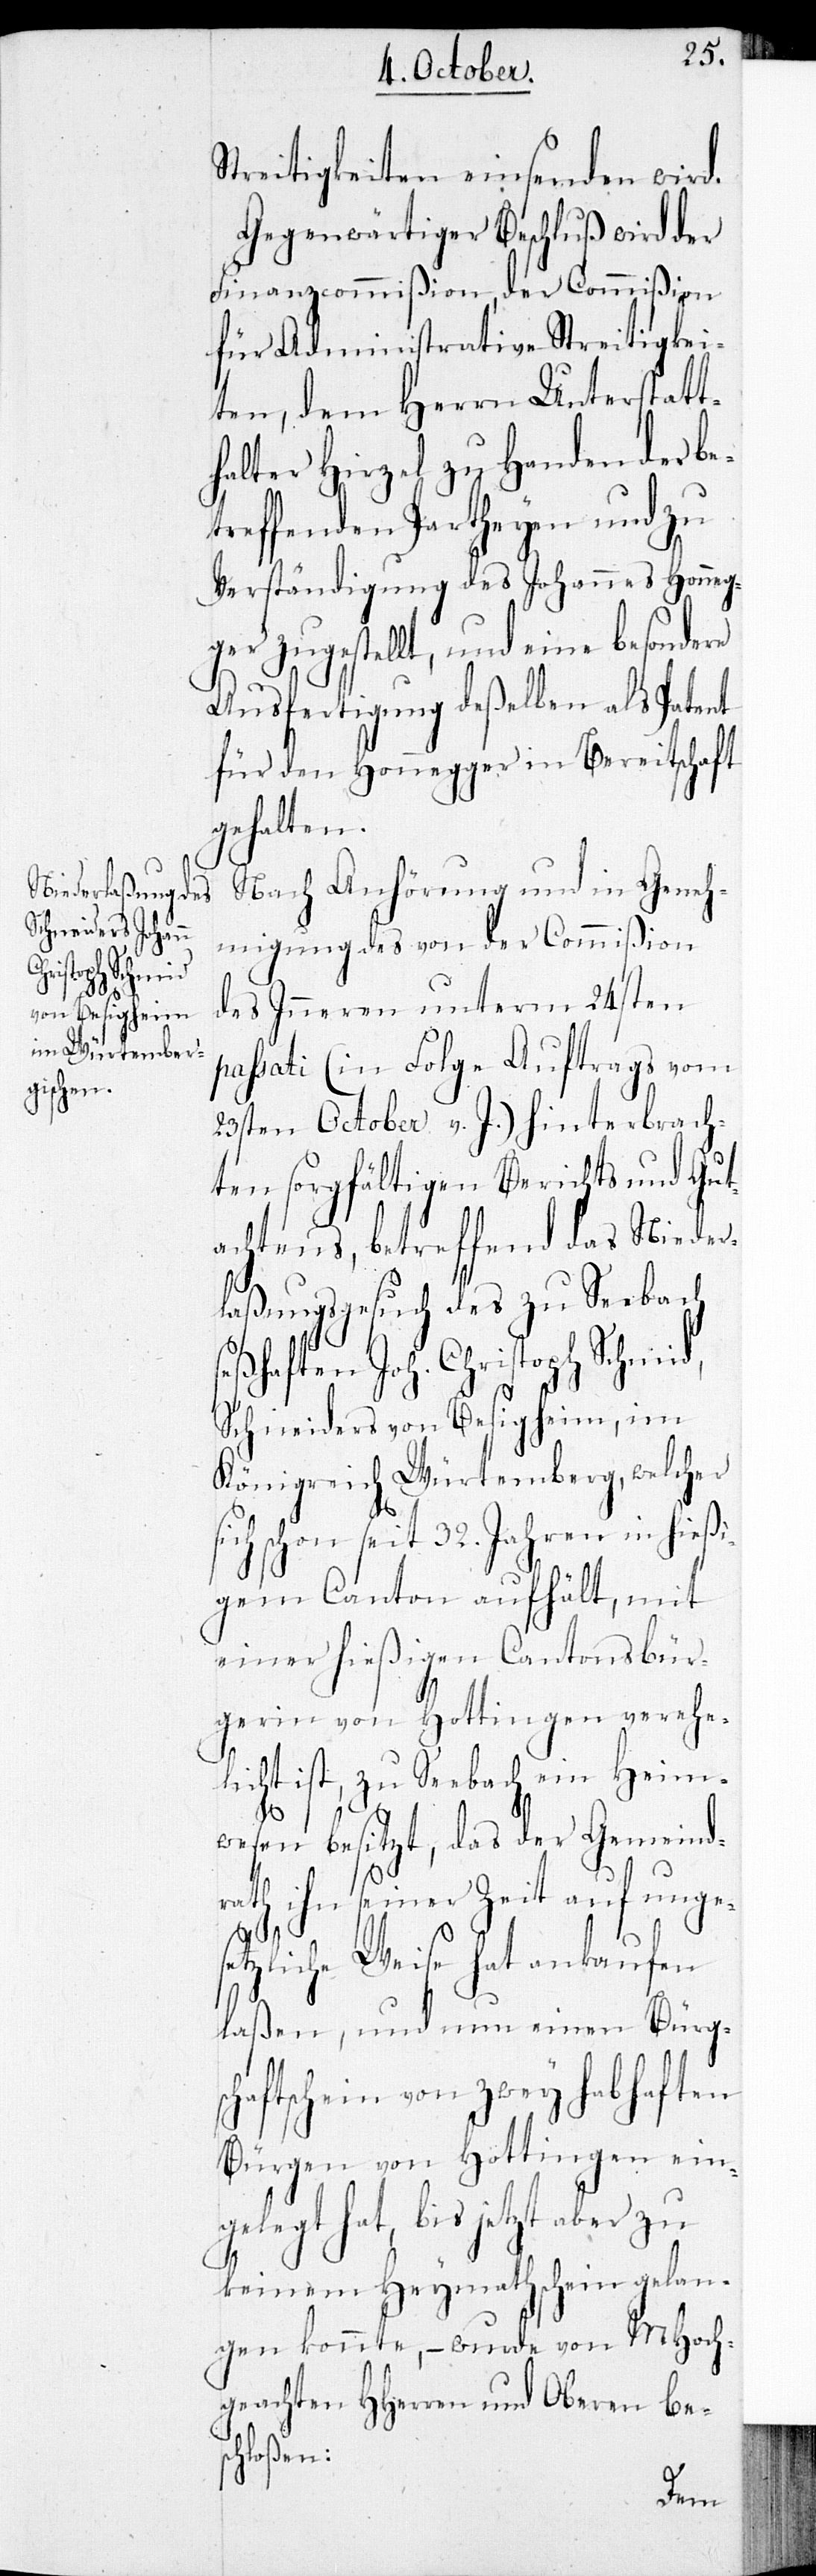
Streitigkeiten einsenden wird.
Gegenwärtiger Beschluß wird der
Finanzcommißion, der Commißion
für Administrative Streitigkei¬
ten, dem Herrn Unterstatt¬
halter Hirzel, zu Handen der be¬
reffenden Partheyen und zu
Verständigung des Johannes Honneg¬
ger zugestellt, und eine besondere
Ausfertigung deßelben als Patent
für den Honnegger in Bereitschaft
gehalten.
Nach Anhörung und in Geneh¬
migung des von der Commißion
des Inneren unterm 24sten
passati (in Folge Auftrags vom
23sten October v. J.) hinterbrach¬
ten sorgfältigen Berichts und Gut¬
achtens, betreffend das Nieder¬
laßungsgesuch des zu Seebach
seßhaften Joh. Christoph Schmid,
Schneiders von Besigheim, im
Königreich Würtemberg, welcher
schon seit 32. Jahren in hieß¬
igem Canton aufhält, mit
einer hießigen Cantonsbür¬
gerin von Hottingen verehe¬
licht ist, zu Seebach ein Heim¬
wesen besitzt, das der Gemeind¬
rath ihn seiner Zeit auf
unges¬
etzliche Weise hat ankaufen
lassen, und nun einen Bürgsc¬
haftschein von zwey habhaften
Bürgen von Hottingen ein¬
gelegt hat, bis jetzt aber zu
keinem Heymathschein gelan¬
gen konnte, wurde von MHoch¬
geachten HHerren und Oberen bes¬
chloßen: